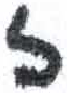
אות: ז